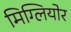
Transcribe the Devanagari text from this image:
मिग्लियोर